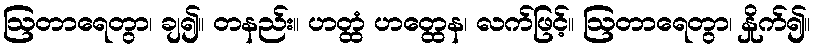
ဩတာရေတွာ၊ ချ၍။ တနည်း။ ဟတ္ထံ ဟတ္ထေန၊ လက်ဖြင့်။ ဩတာရေတွာ၊ နှိုက်၍။